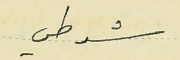
شرطي